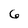
Character: 6